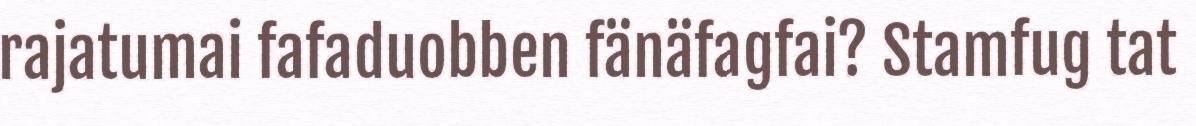
rajatumai fafaduobben fänäfagfai? Stamfug tat